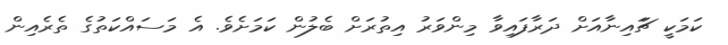
ކަމަކީ ޗަައިނާއަށް ދަރާފައިވާ މިންވަރު އިތުރަށް ބެލުން ކަމަށެވެ. އެ މަސައްކަތުގެ ތެރެއިން